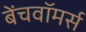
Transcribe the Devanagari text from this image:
बेंचवॉमर्स